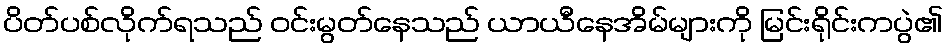
ပိတ်ပစ်လိုက်ရသည် ဝင်းမွတ်နေသည် ယာယီနေအိမ်များကို မြင်းရိုင်းကပွဲ၏